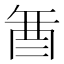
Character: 𮠚